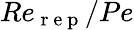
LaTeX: Re_{\mathrm{~r~e~p~}}/Pe